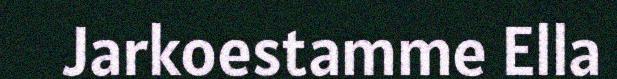
Jarkoestamme Ella